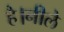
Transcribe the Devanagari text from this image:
है।नीले